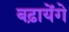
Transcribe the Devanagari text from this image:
बढ़ायेंगे